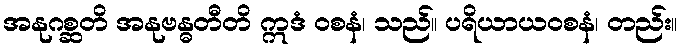
အနုဂစ္ဆတိ အနုဗန္ဓတီတိ ဣဒံ ဝစနံ၊ သည်။ ပရိယာယဝစနံ၊ တည်း။